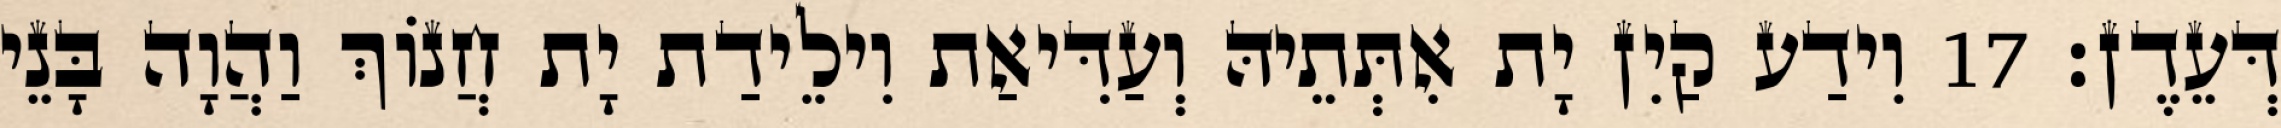
דְּעֵדֶן׃ 17 וִידַע קַיִן יָת אִתְּתֵיהּ וְעַדִּיאַת וִילֵידַת יָת חֲנוֹךְ וַהֲוָה בָּנֵי